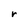
Character: r